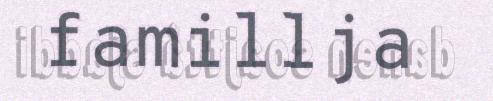
famillja